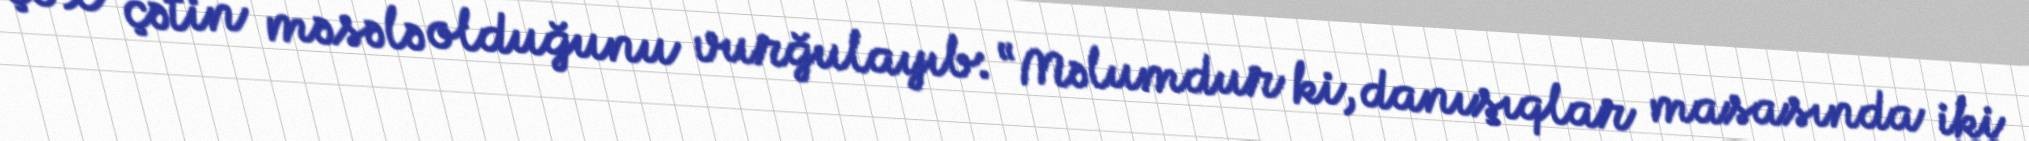
çox çətin məsələ olduğunu vurğulayıb: “Məlumdur ki, danışıqlar masasında iki